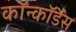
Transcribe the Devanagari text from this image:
कॉन्कॉर्डैंस